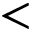
<